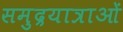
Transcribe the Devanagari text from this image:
समुद्रयात्राओं